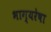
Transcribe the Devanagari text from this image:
भाग्यरेषा